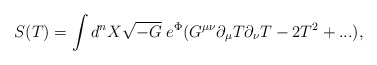
\begin{align*}S(T)=\int d^nX\sqrt{-G}\;e^\Phi (G^{\mu\nu}\partial_\mu T\partial_\nu T-2T^2+...),\end{align*}